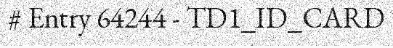
# Entry 64244 - TD1_ID_CARD